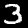
Digit: 3